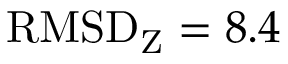
\mathrm { R M S D } _ { \mathrm { Z } } = 8 . 4